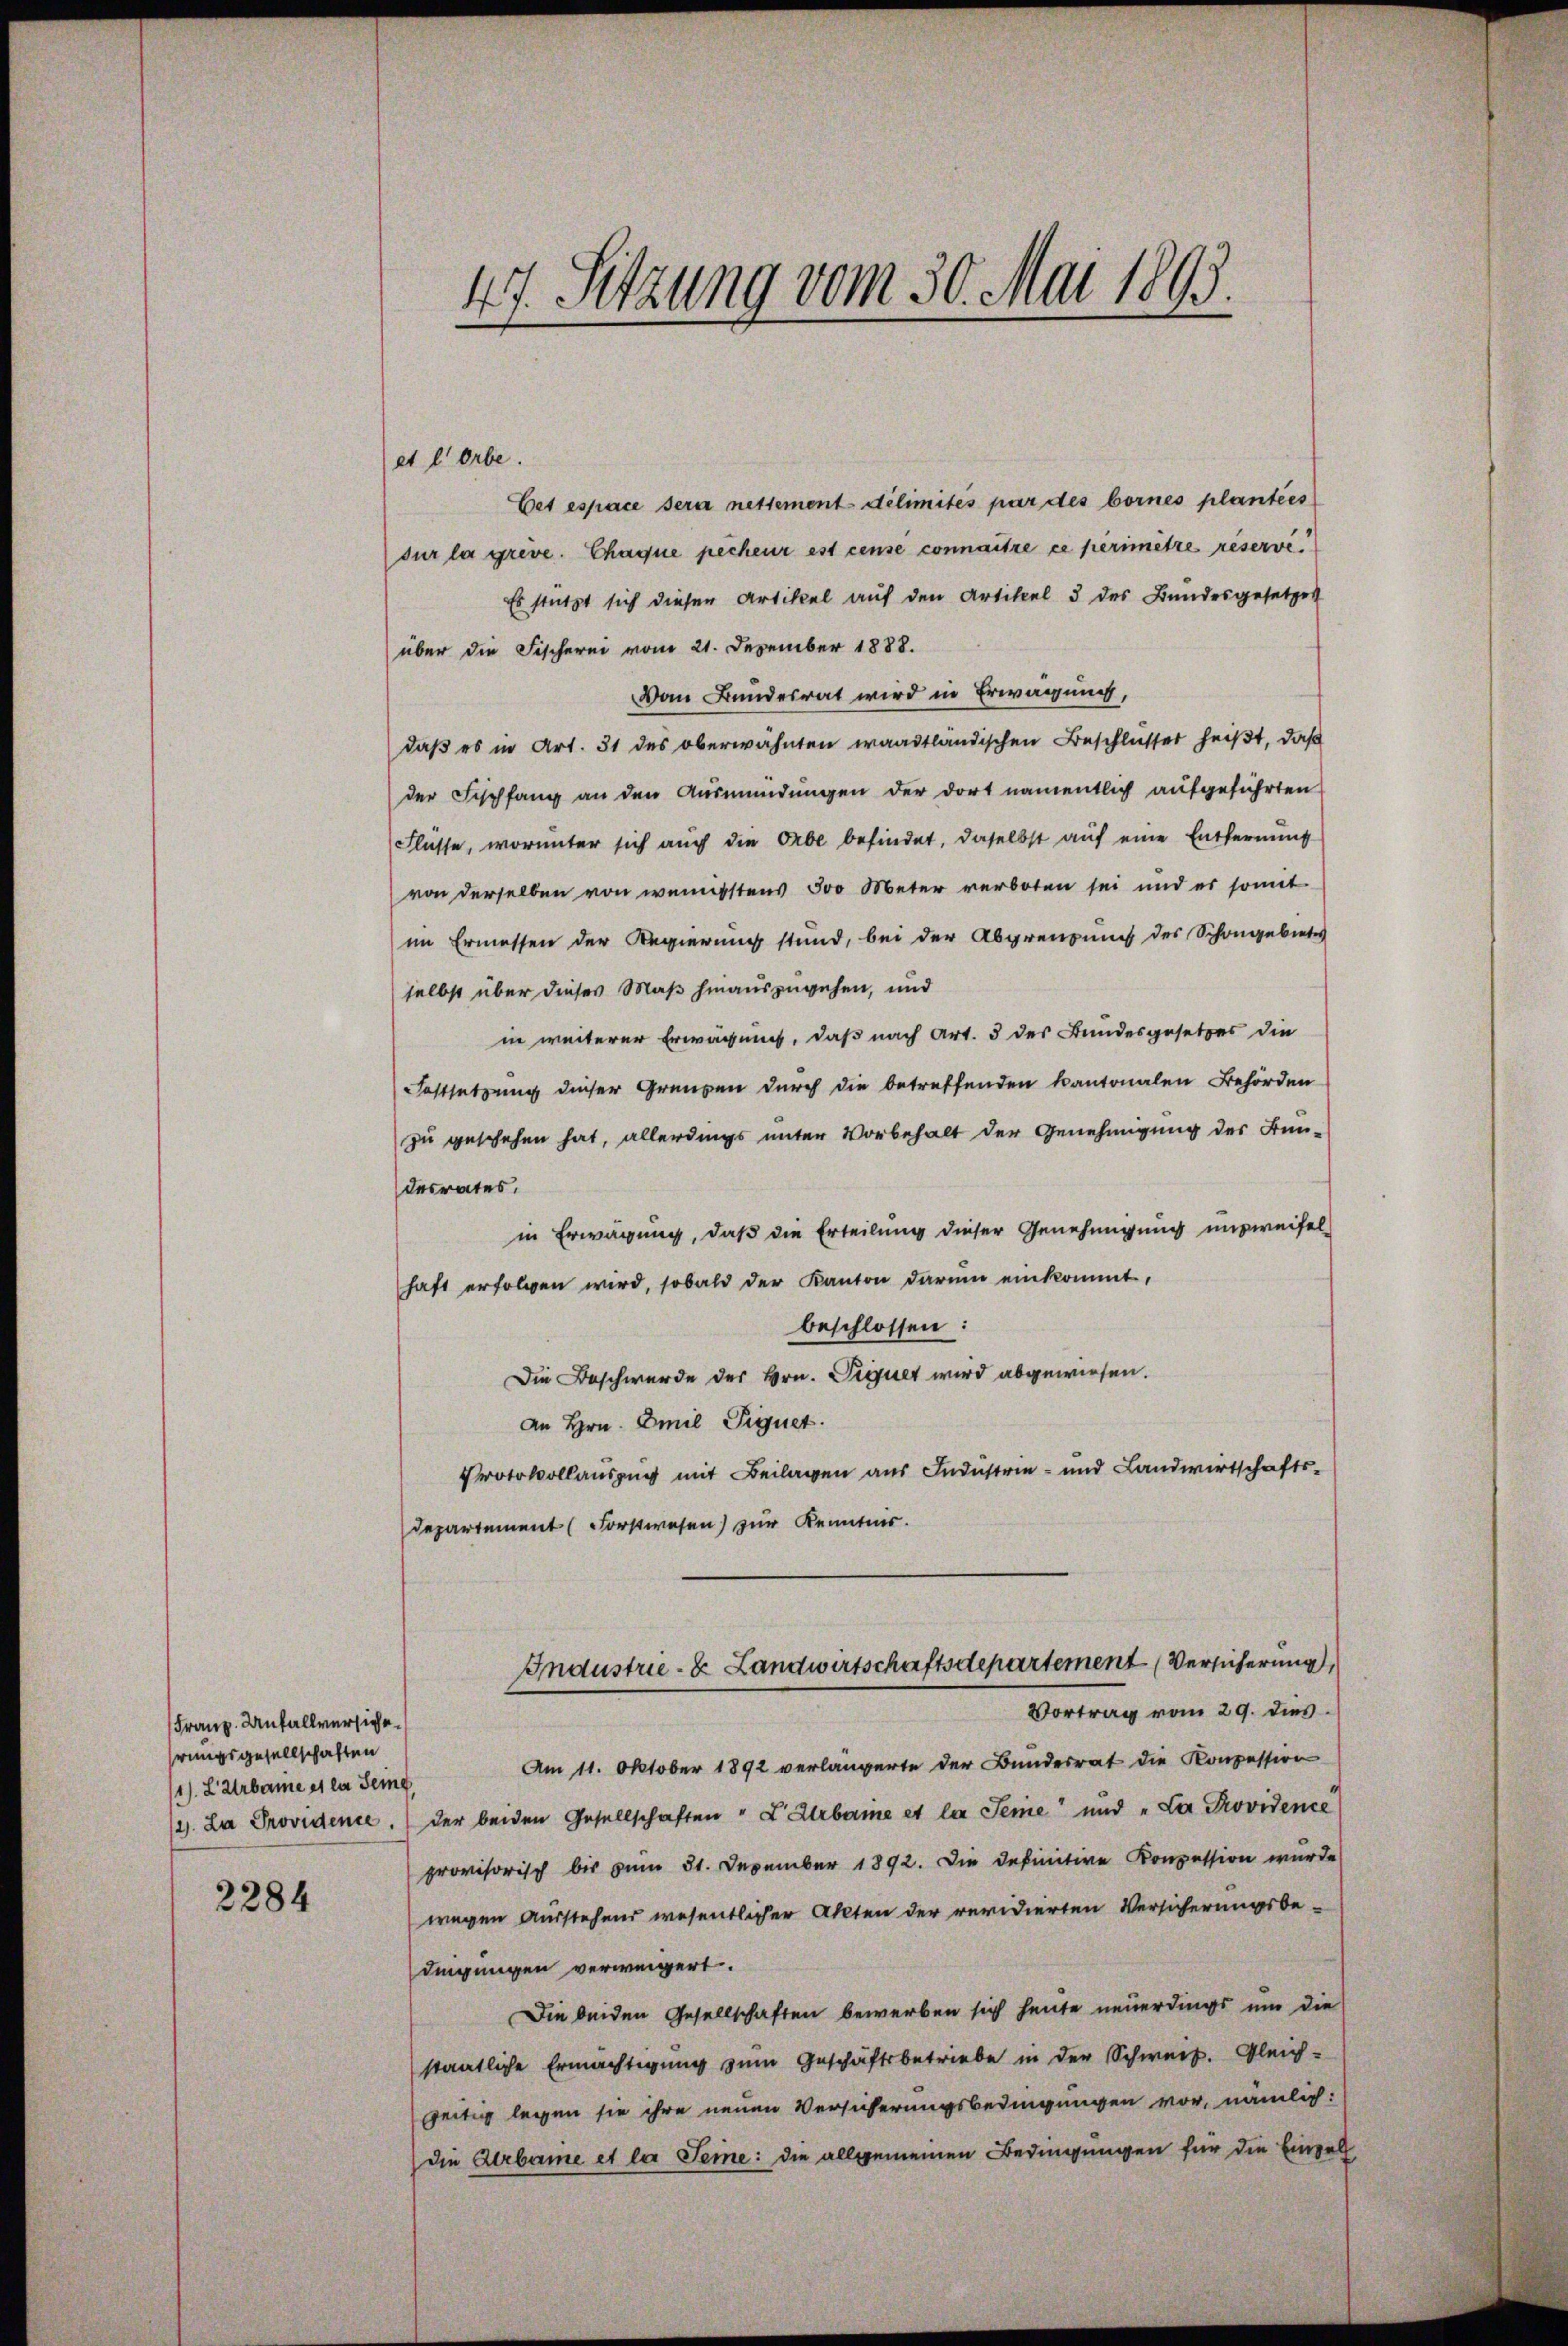
Franz. Unfallversichehrungsgesellschaften
11). L Urbarme et la Seine
2284

47. Setzung vom 30. Mai 1893.

Cet espace sera nettement délimités par des bornes plantées
sur la greve. Chaque pechenr est cense connaitre ce perimitre réservi¬
Es stützt sich diesen Artikel auf den Artikel 3 des Bundesgesetzes
über die Fischerei vom 21. Dezember 1888.
Vom Bundesrat wird in Erwägung,
daß es in Art. 31 des oberwähnten waadtländischen Beschlüsser heißt, daß
der Fischfang an den Ausmündungen der dort namentlich aufgeführten
Flüsse, worunter sich auch die Orbe befindet, daselbst auf eine Entfernung
von derselben von wenigstens 500 Meter verboten sei und es somit
im Ermessen der Regierung stand, bei der Abgrenzung des Schongebietes
selbst über dieses Maß hinauszugehen, und
in weiterer Erwägung, daß nach Art. 3 des Bundesgesetzes die
Festsetzung dieser Grenzen durch die betreffenden kantonalen Behörden
zu geschehen hat, allerdings unter Vorbehalt der Genehmigung der Fundesrates.
in Erwägung, daß die Erteilung dieser Genehmigung unzweifel
haft erfolgen wird, sobald der Kanton darum einkommt,
beschlossen:
Die Beschwerde des Hrn. Siquet wird abgewiesen.
An Hrn. Emil Signet.
Protokollauszug mit Beilagen aus Industrie- und Landwirtschafts¬
Departement (Forstwesen) zur Kenntnis.

et lorbe

Am 11. Oktober 1892 verlängerte der Bundesrat die Konzession
(1. La Providence der beiden Gesellschaften " E Urbarine et la Jenie" und „Le Providence
provisorisch bis zum 31. Dezember 1892. Die definitive Konzession wurde
wegen Ausstehend wesentlicher Akten der revidierten Versicherungsbedigungen verweigert.
Die beiden Gesellschaften bewerben sich heute neuerdings um die
staatliche Ermächtigung zum Geschäftsbetriebe in der Schweiz. Gleich-
seitig legen sie ihre neuen Versicherungsbedingungen vor, nämlich:
die Arbame et le Teine: die allgemeinen Bedingungen für die Einzell

Industrie- & Landwirtschaftsdepartement Versicherung,
Vortrag vom 29. dies